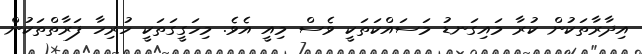
އިދާރާތަކުން ކުރާ މައިގަނޑު މަސައްކަތަކީ ވެސް މިއީ އެވެ. މިހަގީގަތަކީ ހުރިހާ ފަރާތްތަކުން